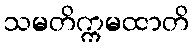
သမတိက္ကမထာတိ